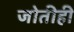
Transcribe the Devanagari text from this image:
जोतीही